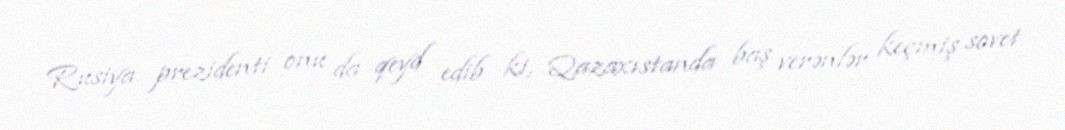
Rusiya prezidenti onu da qeyd edib ki, Qazaxıstanda baş verənlər keçmiş sovet